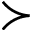
\succ